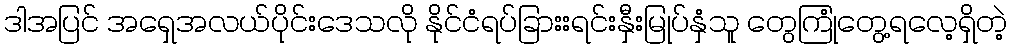
ဒါအပြင် အရှေအလယ်ပိုင်းဒေသလို နိုင်ငံရပ်ခြားးရင်းနှီးမြုပ်နှံသူ တွေကြုံတွေ့ရလေ့ရှိတဲ့